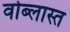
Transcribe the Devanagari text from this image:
वोब्लास्त